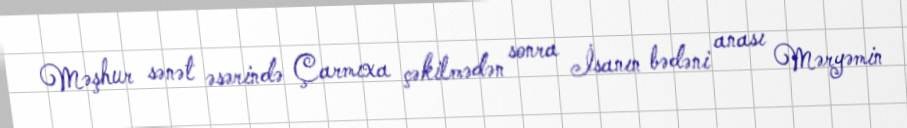
Məşhur sənət əsərində Çarmıxa çəkilmədən sonra İsanın bədəni anası Məryəmin